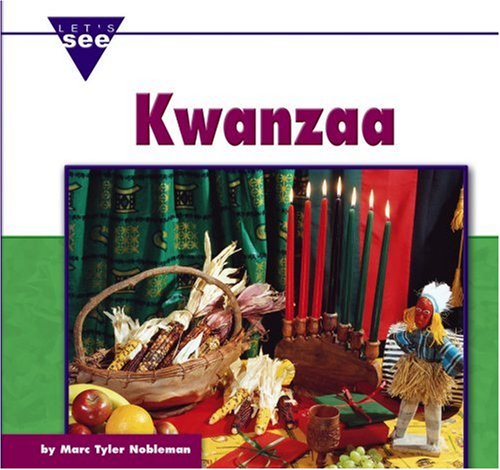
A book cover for Kwanzaa (Let's See Library: Holidays); Marc Taylor Nobleman; Children's Books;